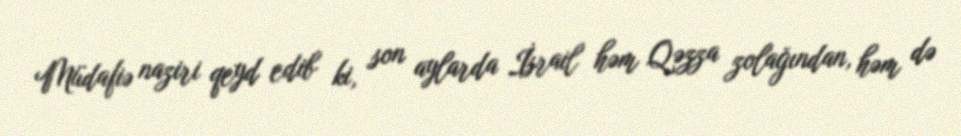
Müdafiə naziri qeyd edib ki, son aylarda İsrail həm Qəzza zolağından, həm də